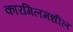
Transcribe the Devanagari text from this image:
कारगिलमधील